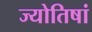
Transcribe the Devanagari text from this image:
ज्योतिषां